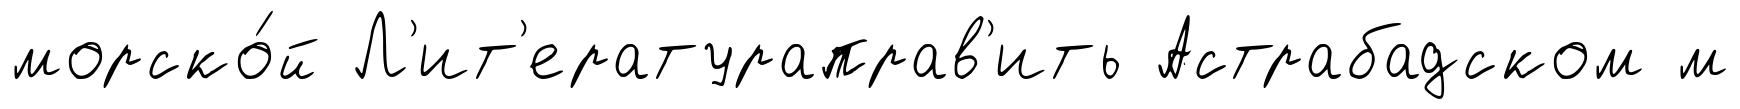
морско́й Л'ит'ератураправ'ить Астрабадском м